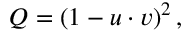
Q = ( 1 - u \cdot v ) ^ { 2 } \, ,